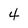
Character: 4